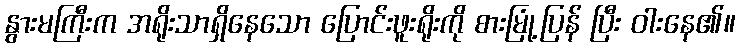
နွားမကြီးက အရိုးသာရှိနေသော ပြောင်းဖူးရိုးကို စားမြုံ့ပြန် ပြီး ဝါးနေ၏။